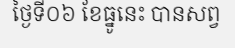
ថ្ងៃទី០៦ ខែធ្នូនេះ បានសព្វ